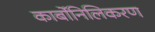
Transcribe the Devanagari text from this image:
कार्बोनिलिकरण